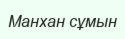
Манхан сұмын